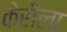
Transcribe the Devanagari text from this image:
केरीला